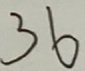
3 6